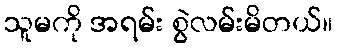
သူမကို အရမ်း စွဲလမ်းမိတယ်။